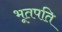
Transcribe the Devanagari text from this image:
भूतपति